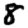
Digit: 8